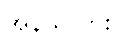
အန်သလား။